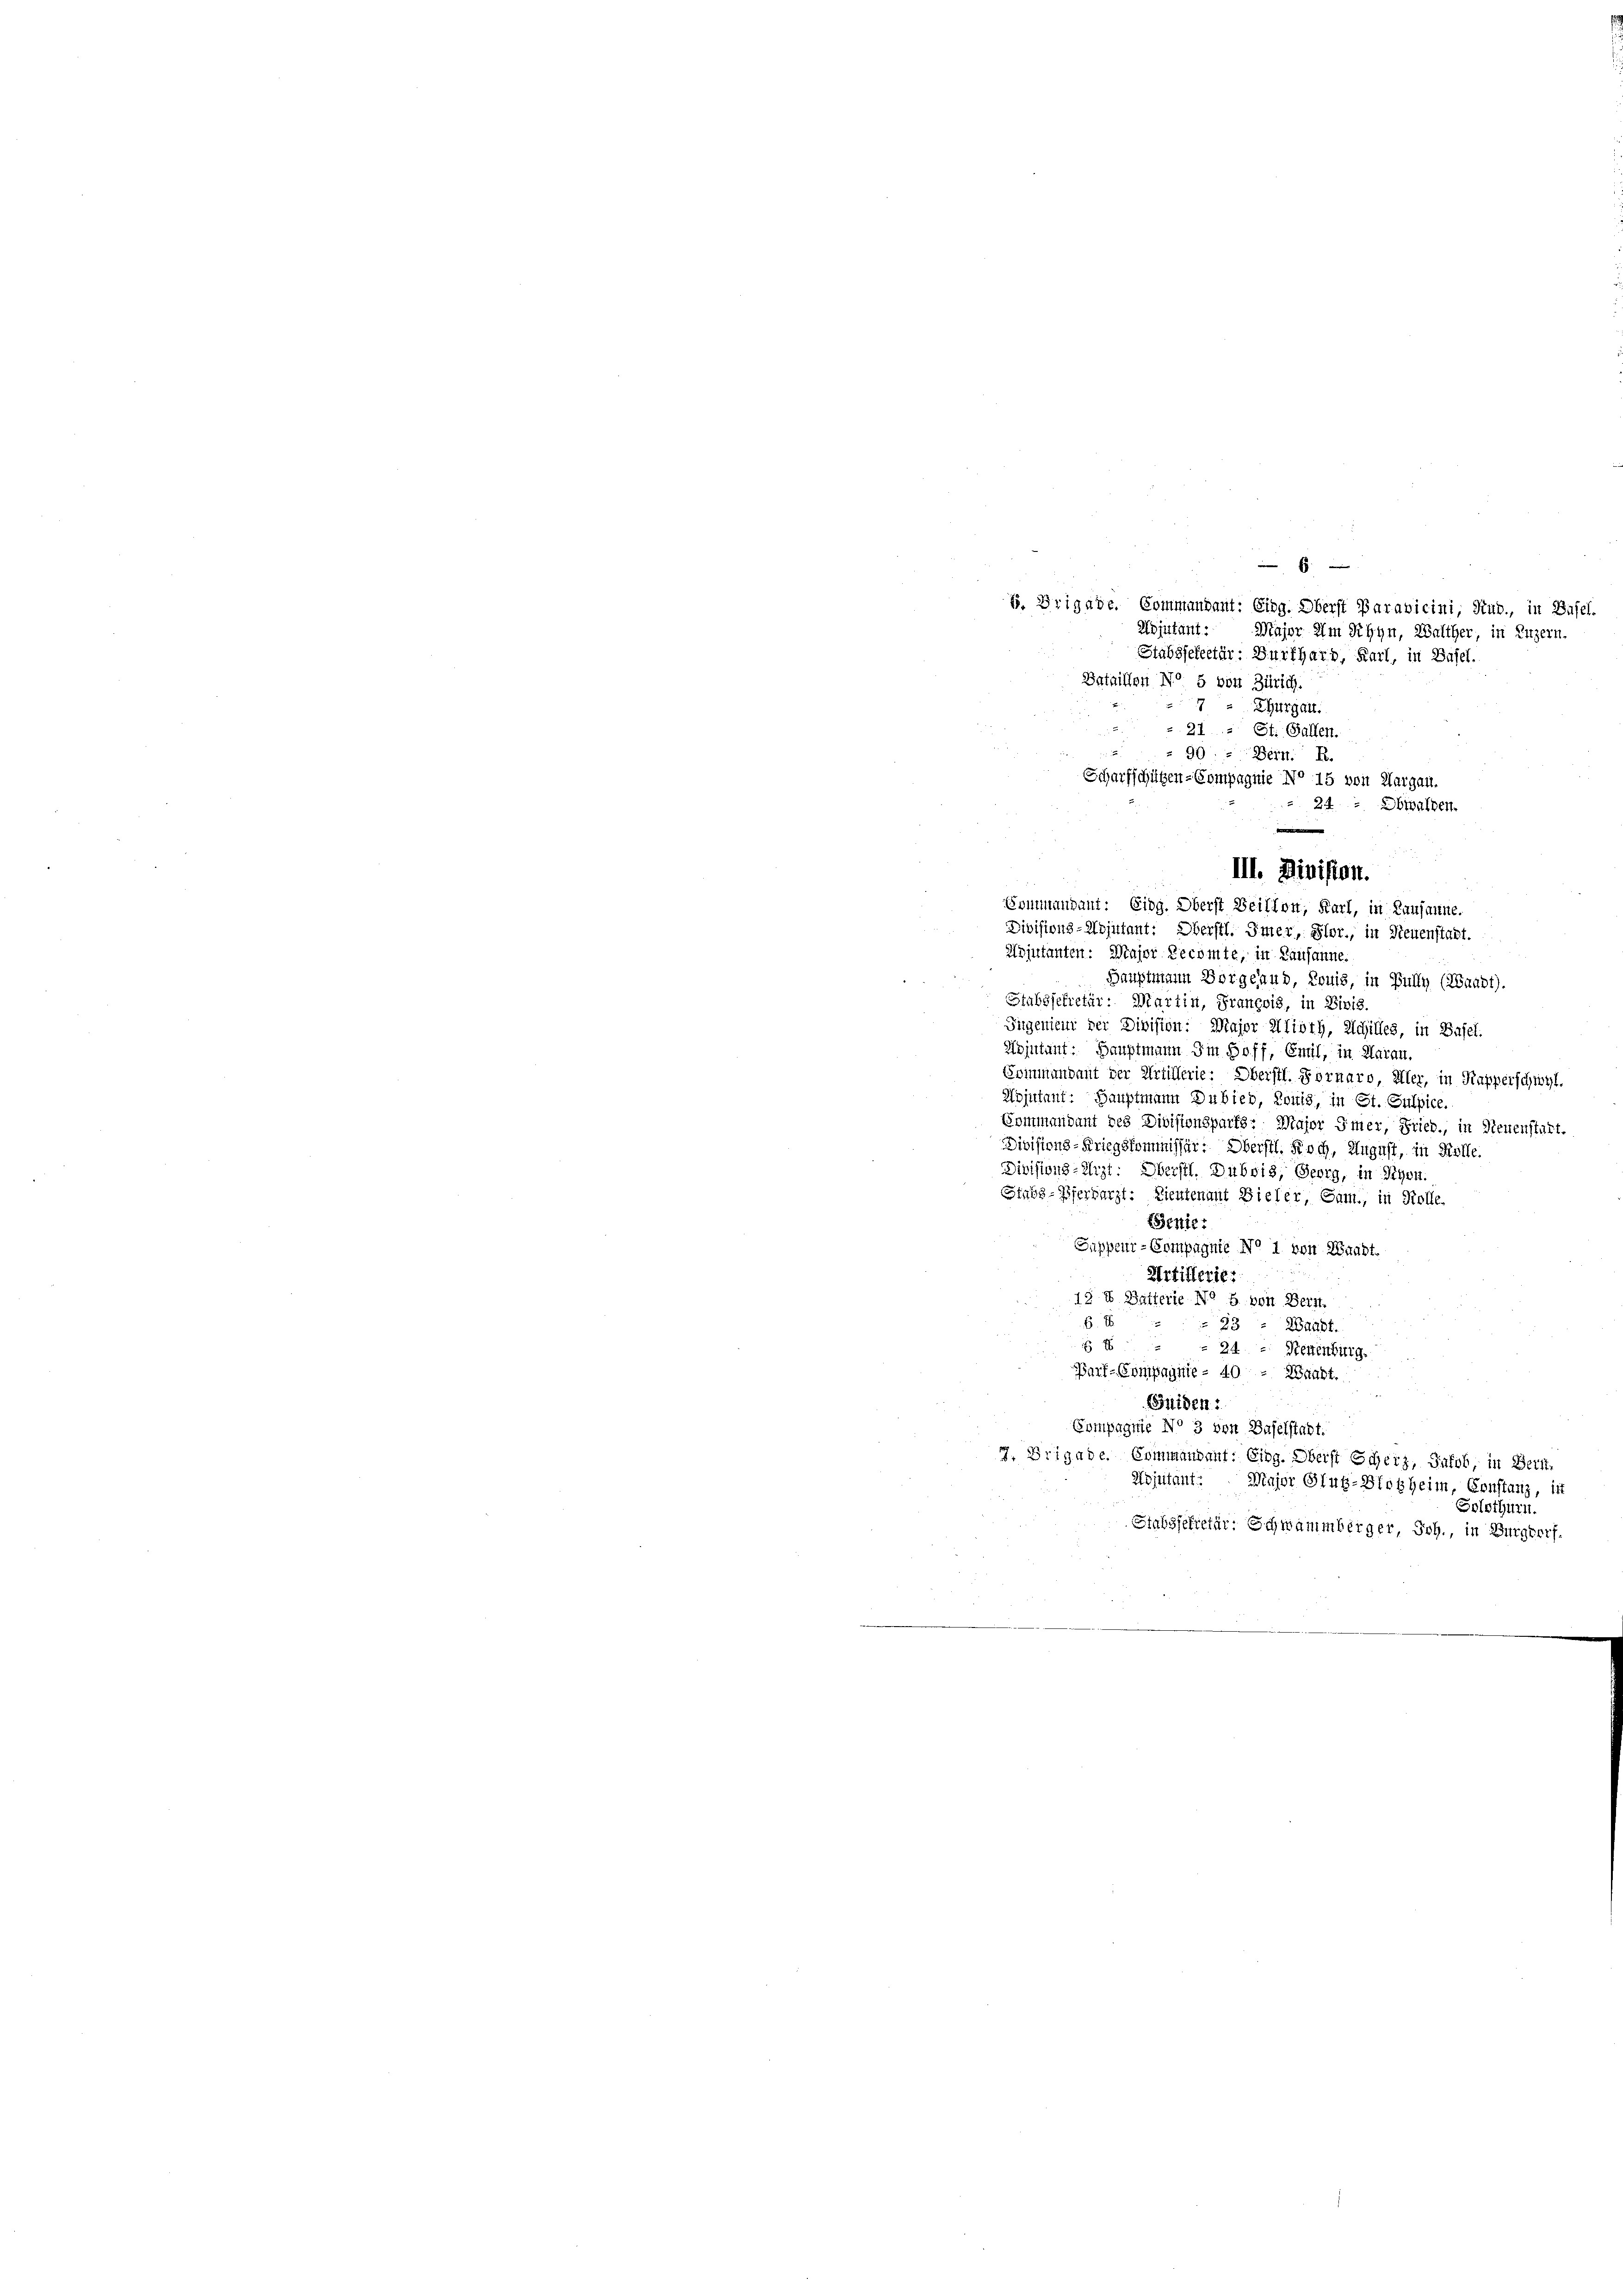
B. Brigade. Commandant: Eidg. Oberst Paravicini, Sub., in Base
Adjutant.
Stabssekretär: Burkhard, Karl, in Basel.
Bataillon No 5 von Zürich.
 Thurgau.
s 21 St. Gallen.

90: - Bern. R.
Scharfschützen-Compagnie No 15 von Aargau.
24 - Obwalden.
III. Division.
Sommandant: Eidg. Oberst Beillon, Karl, in Lausanne.
Divisions-Mojutant: Oberstl. Immer, Glor, in Neuenstadt.
Wojutanten: Major Recomte, in Lausanne.
Hauptmann Vorgeand, Louis, in Bully (Waadt).
Stabssekretär: Martin, François, in Divis
Jugenieur der Division: Major Alioth, Schilles, in Basel.
Mojutant. Hauptmann in Hoff, Enul, in Aarau.
Soimmendant der Artillerie: Oberstl. Fornaro, Aller, in Kapperschwyl.
Wojutant: Hauptmann Dubieb, Louis, in St. Gulpice.
Bommandant des Divisionsparts: Major Smer, Fried, in Neuenstalt.
Divisions-Kriegskommissär: Oberstl. Koch, August, in Kolle.
Divisions-Arzt: Oberstl. Dubois, Georg, in Rhon.
Stabs-Pferbarzt: Lieutenant Bieler, Sam., in Kolle.
Genie:
Sappeur-Compagnie No 1 von Waadt.
Artillerie:
12 I Balterie No 5 von Bern.
62
Waadt.
23
 x
 24. Neuenburg.
Bart-Compaginie - 40 - Waadt.
Fuiden:
Compagnie No 3 von Baselstadt.
7. Brigade Commandant: Eing. Oberst Scheiz, Jakob, in Berst
Kojutant. Major Glutz-Hosheim, Constanz, ist
Solothurn.
Stabssekretär: Schwammberger, Joh., in Burgdorf.
¬

x

Major im Rhyn, Walther, in Luzern,